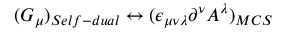
( G _ { \mu } ) _ { S e l f - d u a l } \leftrightarrow ( \epsilon _ { \mu \nu \lambda } \partial ^ { \nu } A ^ { \lambda } ) _ { M C S }